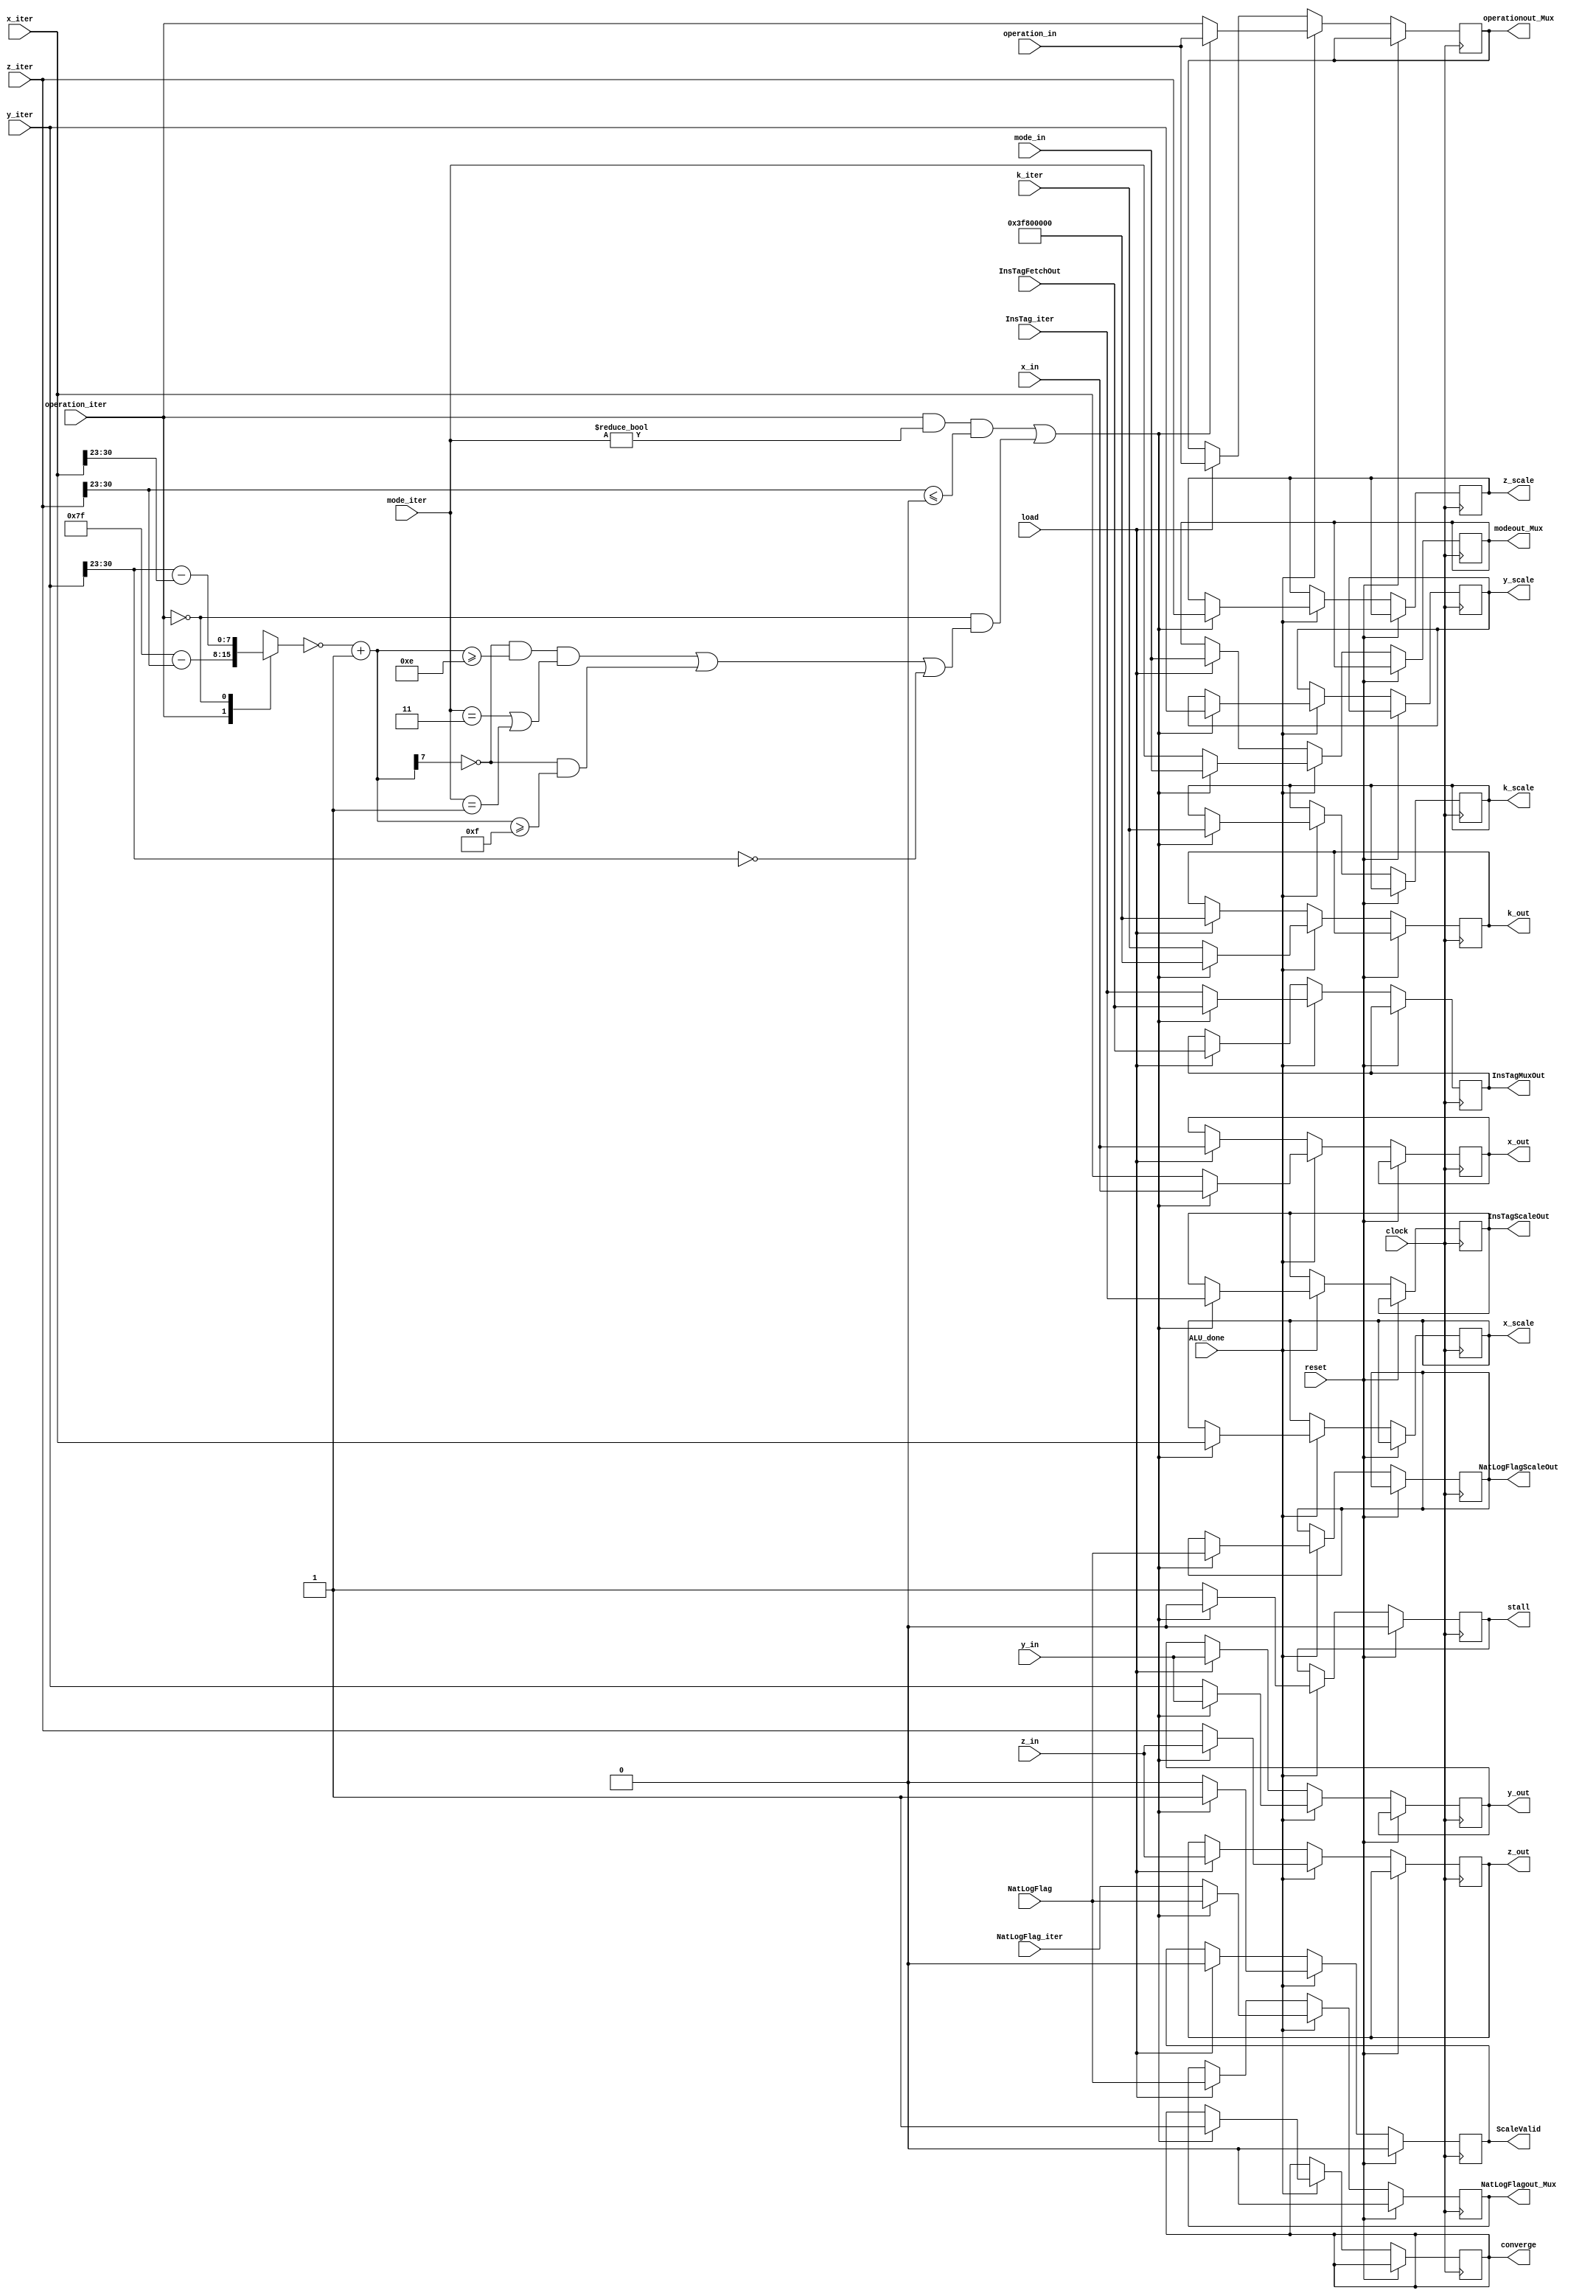
module InputMux(
    input [31:0] x_in,
    input [31:0] y_in,
    input [31:0] z_in,
    input [31:0] x_iter,
    input [31:0] y_iter,
    input [31:0] z_iter,
	 input [31:0] k_iter,
    input load,
	 input ALU_done,
	 input reset,
    input clock,
	 input [1:0] mode_in,
	 input operation_in,
	 input NatLogFlag,
	 input [1:0] mode_iter,
	 input operation_iter,
	 input NatLogFlag_iter,
	 input [7:0] InsTagFetchOut,
	 input [7:0] InsTag_iter,
    output reg [31:0] x_out,
    output reg [31:0] y_out,
    output reg [31:0] z_out,
    output reg [31:0] k_out,
    output reg [31:0] x_scale,
    output reg [31:0] y_scale,
    output reg [31:0] z_scale,
    output reg [31:0] k_scale,
	 output reg [1:0] modeout_Mux,
	 output reg operationout_Mux,
	 output reg NatLogFlagout_Mux = 1'b0,
	 output reg converge,
	 output reg stall = 1'b0,
	 output reg [7:0] InsTagMuxOut,
	 output reg [7:0] InsTagScaleOut,
	 output reg NatLogFlagScaleOut,
	 output reg ScaleValid = 1'b0
    );

reg [7:0] exponent, exponentbar;
	 
parameter rotation  = 1'b1, 
			 vectoring = 1'b0;
			 
parameter mode_circular    = 2'b01, 
			 mode_linear      = 2'b00, 
			 mode_hyperbolic  = 2'b11;
			 
always @ (*)
begin
	case (operation_iter)
	  rotation : exponent <= 8'b01111111 - z_iter[30:23];
	  vectoring : exponent <= y_iter[30:23] - x_iter[30:23];
	  default : exponent <= y_iter[30:23] - x_iter[30:23];
	endcase	
	exponentbar <= ~exponent + 8'b00000001 ;//Change Ankit
end

always @ ( posedge clock)
begin
	
	if (reset == 1'b1) begin
		stall <= 1'b0;
		ScaleValid <= 1'b0;
		NatLogFlagout_Mux <= 1'b0;
	end
	
	else begin
	if((ALU_done == 1'b1))
	begin
	    if (!((operation_iter==rotation && mode_iter !=mode_linear && z_iter[30:23] <= 8'b00000000)||(operation_iter==vectoring && ((exponentbar[7] == 1'b0 && exponentbar >= 8'b00001110 && ((mode_iter == 2'b11)|| (mode_iter==2'b01)))||(exponentbar[7] == 1'b0 && exponentbar >= 8'b00001111) || y_iter[30:23] == 8'b0))))
		//if (!((operation_iter==rotation && mode_iter !=mode_linear && z_iter[30:23] <= 8'b00000000)||(operation_iter==vectoring && ((exponentbar[7] == 1'b0 && exponentbar >= 8'b00001111) || y_iter[30:23] == 8'b0))))        // Change Ankit - 31-March
		//if (!((operation_iter==rotation && mode_iter !=mode_linear && z_iter[30:23] <= 8'b00000000)||(operation_iter==vectoring && exponentbar[7] == 1'b0 && exponentbar >= 8'b00001111)))
		begin
			x_out <= x_iter;
			y_out <= y_iter;
			z_out <= z_iter;
			k_out <= k_iter;
			stall <= 1'b1;
			modeout_Mux <= mode_iter;
			operationout_Mux <= operation_iter;
			InsTagMuxOut <= InsTag_iter;
			ScaleValid <= 1'b0;
			NatLogFlagout_Mux <= NatLogFlag_iter;
		end
		else
		begin
			x_scale <= x_iter;
			y_scale <= y_iter;
			z_scale <= z_iter;
			k_scale <= k_iter;
			InsTagScaleOut <= InsTag_iter;
			ScaleValid <= 1'b1;
			converge <= 1'b1;
			stall <= 1'b0;
			NatLogFlagScaleOut <= NatLogFlag;
			
			x_out <= x_in;
			y_out <= y_in;
			z_out <= z_in;
			k_out <= 32'h3f800000;
			modeout_Mux <= mode_in;
			operationout_Mux <= operation_in;
			InsTagMuxOut <= InsTagFetchOut;
			NatLogFlagout_Mux <= NatLogFlag;
		end
	end
	
	else if ((load == 1'b1))
	begin
		x_out <= x_in;
		y_out <= y_in;
		z_out <= z_in;
		k_out <= 32'h3f800000;
		modeout_Mux <= mode_in;
		operationout_Mux <= operation_in;
		InsTagMuxOut <= InsTagFetchOut;
		ScaleValid <= 1'b0;
		NatLogFlagout_Mux <= NatLogFlag;
	end
	
	end
		
end

endmodule